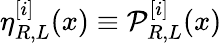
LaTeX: \eta_{R,L}^{[i]}(x)\equiv\mathcal{P}_{R,L}^{[i]}(x)